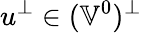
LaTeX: u^{\perp}\in(\mathbb{V}^{0})^{\perp}